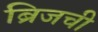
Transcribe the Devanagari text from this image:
ब्रिजची